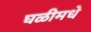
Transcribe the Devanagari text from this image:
घळीमधे